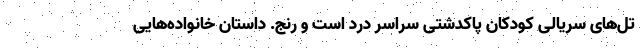
تل‌های سریالی کودکان پاکدشتی سراسر درد است و رنج. داستان خانواده‌هایی